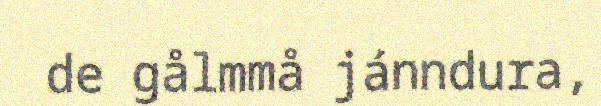
de gålmmå jánndura,